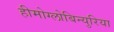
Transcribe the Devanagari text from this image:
हीमोग्लोबिन्युरिया